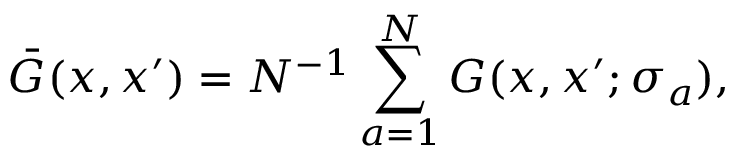
\bar { G } ( x , x ^ { \prime } ) = N ^ { - 1 } \sum _ { a = 1 } ^ { N } G ( x , x ^ { \prime } ; \sigma _ { a } ) ,